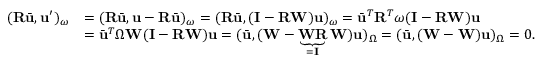
\begin{array} { r l } { ( \mathbf { R } \bar { \mathbf { u } } , \mathbf { u } ^ { \prime } ) _ { \omega } } & { = ( \mathbf { R } \bar { \mathbf { u } } , \mathbf { u } - \mathbf { R } \bar { \mathbf { u } } ) _ { \omega } = ( \mathbf { R } \bar { \mathbf { u } } , ( \mathbf { I } - \mathbf { R } \mathbf { W } ) \mathbf { u } ) _ { \omega } = \bar { \mathbf { u } } ^ { T } \mathbf { R } ^ { T } \boldsymbol { \omega } ( \mathbf { I } - \mathbf { R } \mathbf { W } ) \mathbf { u } } \\ & { = \bar { \mathbf { u } } ^ { T } \boldsymbol { \Omega } \mathbf { W } ( \mathbf { I } - \mathbf { R } \mathbf { W } ) \mathbf { u } = ( \bar { \mathbf { u } } , ( \mathbf { W } - \underbrace { \mathbf { W } \mathbf { R } } _ { = \mathbf { I } } \mathbf { W } ) \mathbf { u } ) _ { \Omega } = ( \bar { \mathbf { u } } , ( \mathbf { W } - \mathbf { W } ) \mathbf { u } ) _ { \Omega } = 0 . } \end{array}